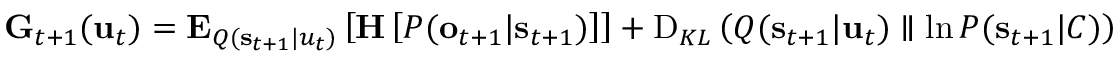
\begin{array} { r } { \mathbf { G } _ { t + 1 } ( \mathbf { u } _ { t } ) = \mathbf { E } _ { Q ( \mathbf { s } _ { t + 1 } | u _ { t } ) } \left[ \mathbf { H } \left[ P ( \mathbf { o } _ { t + 1 } | \mathbf { s } _ { t + 1 } ) \right] \right] + \operatorname { D } _ { K L } \left( Q ( \mathbf { s } _ { t + 1 } | \mathbf { u } _ { t } ) \parallel \ln P ( \mathbf { s } _ { t + 1 } | C ) \right) } \end{array}